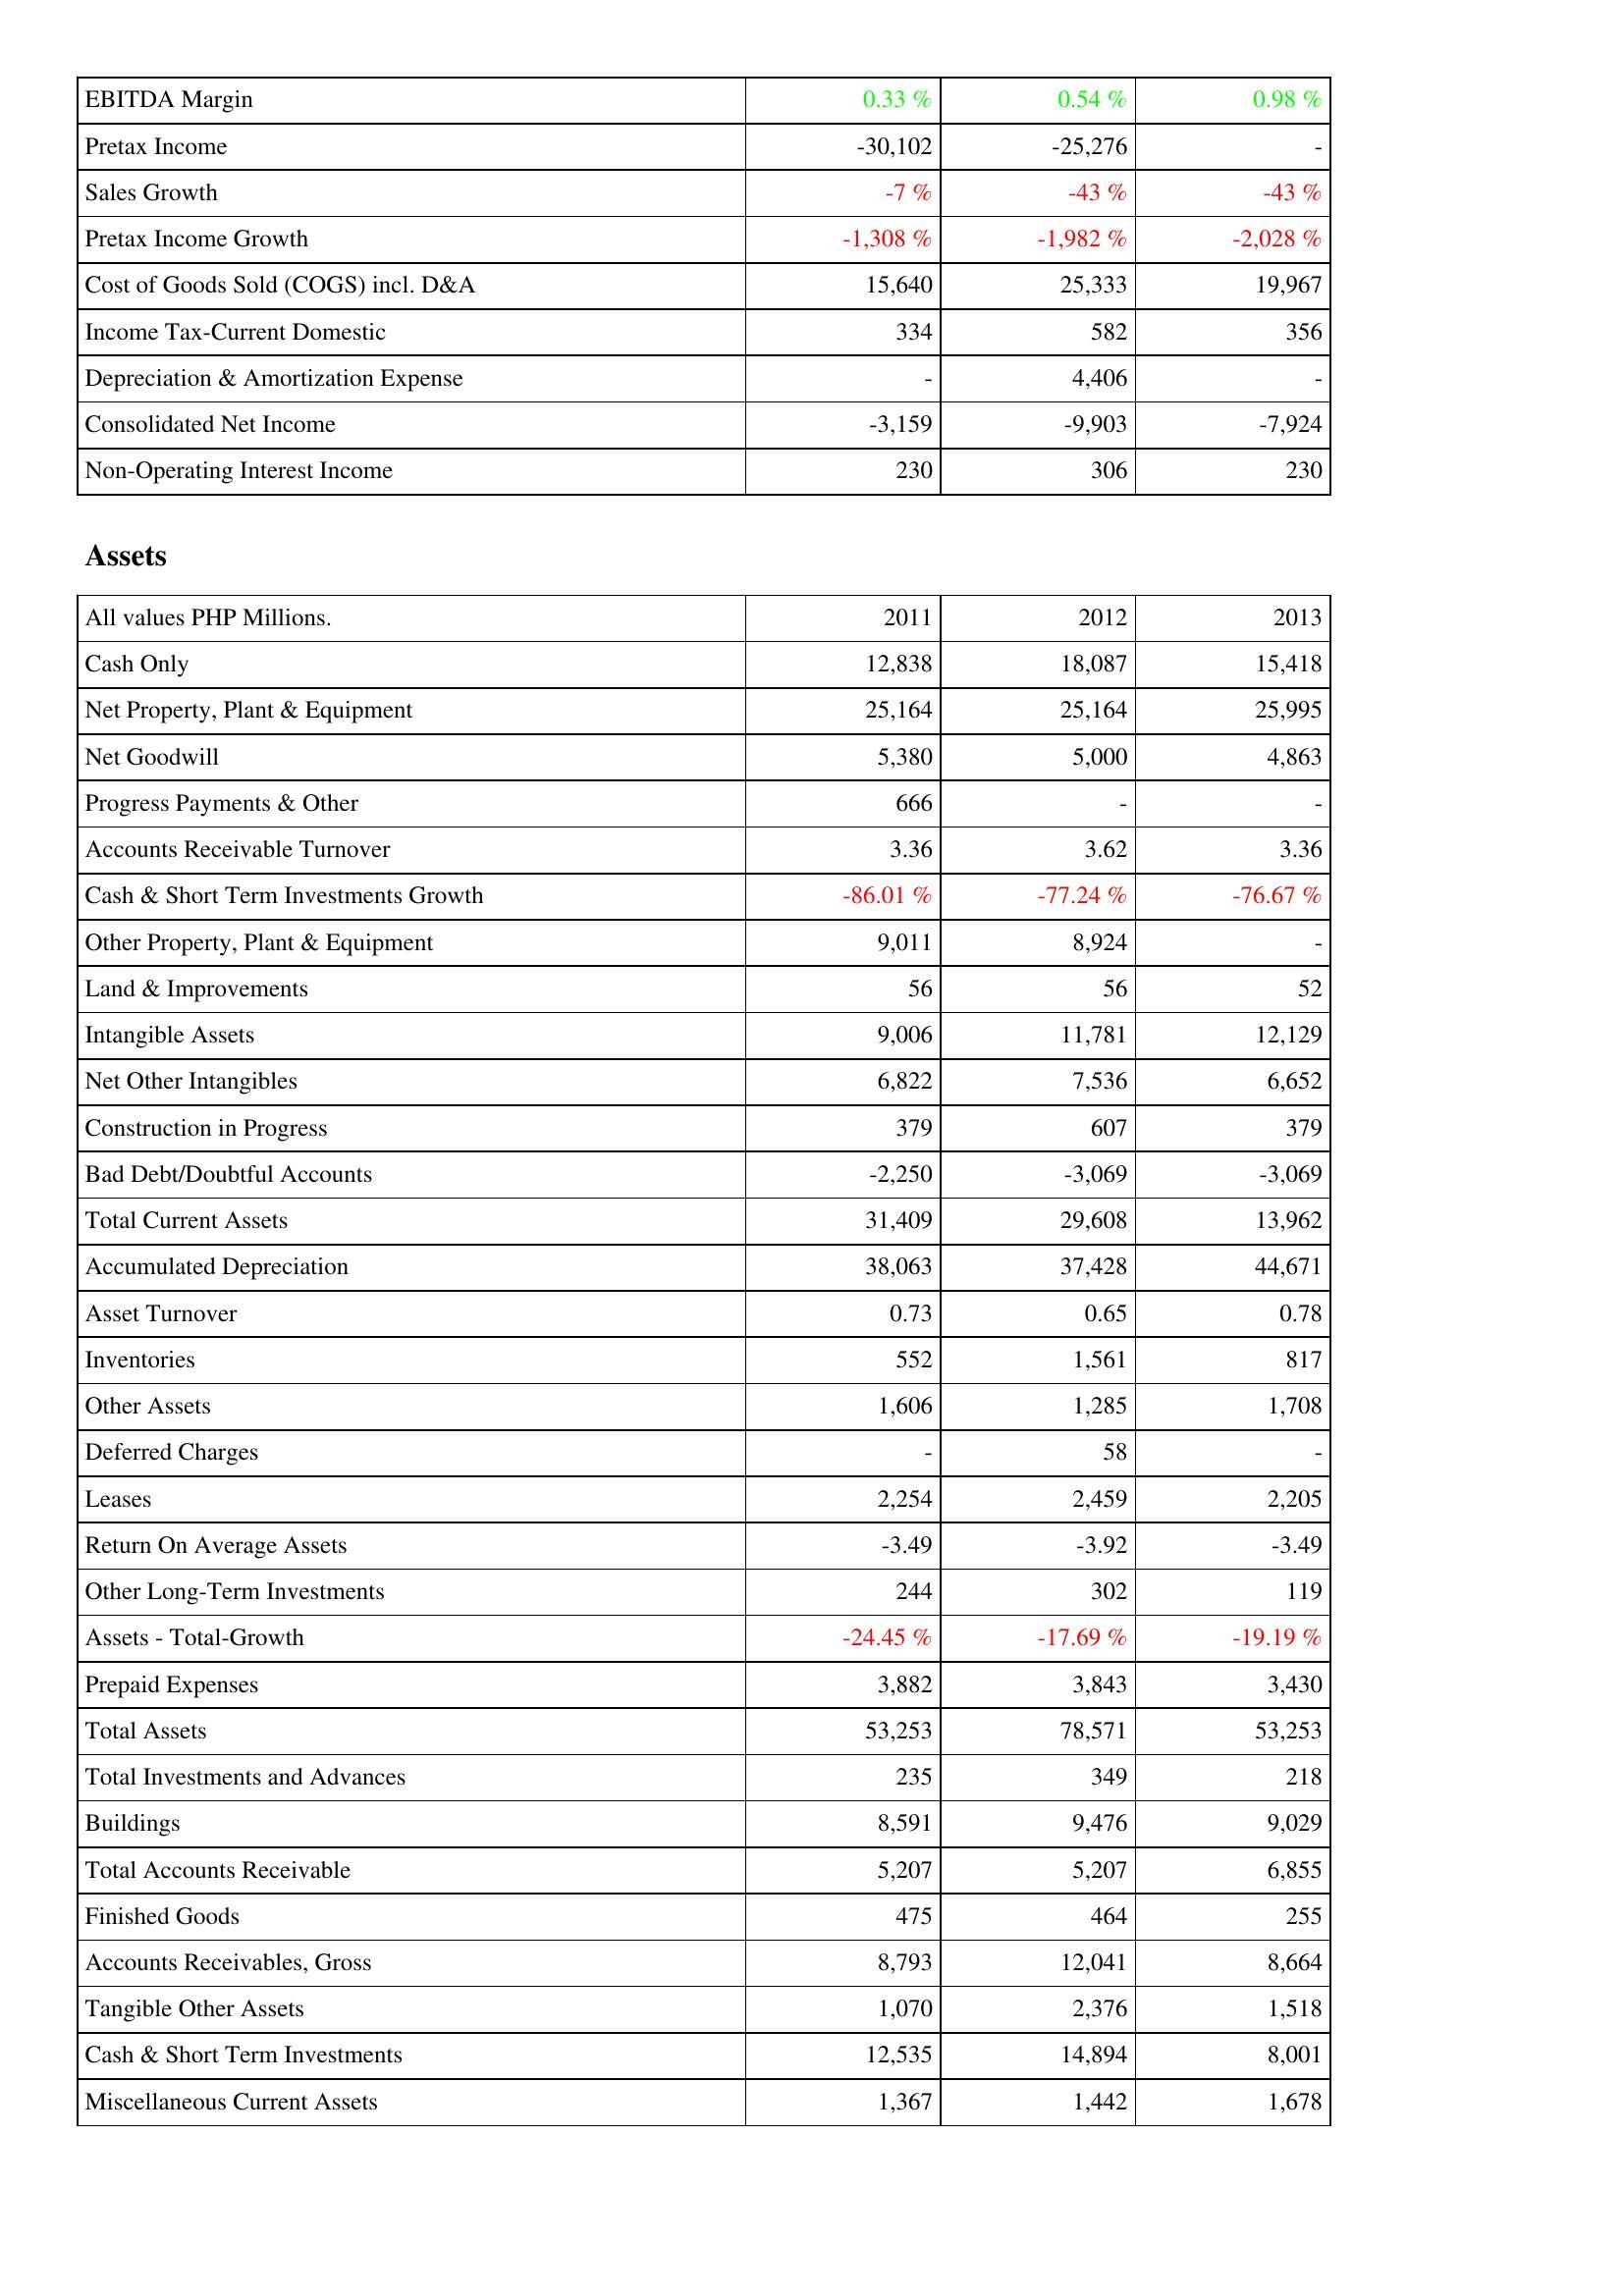
2011: Income Statement: EBITDA Margin: 0.33 %
Pretax Income: -30,102
Sales Growth: -7 %
Pretax Income Growth: -1,308 %
Cost of Goods Sold (COGS) incl. D&A: 15,640
Income Tax-Current Domestic: 334
Depreciation & Amortization Expense: -
Consolidated Net Income: -3,159
Non-Operating Interest Income: 230
Assets: Cash Only: 12,838
Net Property, Plant & Equipment: 25,164
Net Goodwill: 5,380
Progress Payments & Other: 666
Accounts Receivable Turnover: 3.36
Cash & Short Term Investments Growth: -86.01 %
Other Property, Plant & Equipment: 9,011
Land & Improvements: 56
Intangible Assets: 9,006
Net Other Intangibles: 6,822
Construction in Progress: 379
Bad Debt/Doubtful Accounts: -2,250
Total Current Assets: 31,409
Accumulated Depreciation: 38,063
Asset Turnover: 0.73
Inventories: 552
Other Assets: 1,606
Deferred Charges: -
Leases: 2,254
Return On Average Assets: -3.49
Other Long-Term Investments: 244
Assets - Total-Growth: -24.45 %
Prepaid Expenses: 3,882
Total Assets: 53,253
Total Investments and Advances: 235
Buildings: 8,591
Total Accounts Receivable: 5,207
Finished Goods: 475
Accounts Receivables, Gross: 8,793
Tangible Other Assets: 1,070
Cash & Short Term Investments: 12,535
Miscellaneous Current Assets: 1,367
2012: Income Statement: EBITDA Margin: 0.54 %
Pretax Income: -25,276
Sales Growth: -43 %
Pretax Income Growth: -1,982 %
Cost of Goods Sold (COGS) incl. D&A: 25,333
Income Tax-Current Domestic: 582
Depreciation & Amortization Expense: 4,406
Consolidated Net Income: -9,903
Non-Operating Interest Income: 306
Assets: Cash Only: 18,087
Net Property, Plant & Equipment: 25,164
Net Goodwill: 5,000
Progress Payments & Other: -
Accounts Receivable Turnover: 3.62
Cash & Short Term Investments Growth: -77.24 %
Other Property, Plant & Equipment: 8,924
Land & Improvements: 56
Intangible Assets: 11,781
Net Other Intangibles: 7,536
Construction in Progress: 607
Bad Debt/Doubtful Accounts: -3,069
Total Current Assets: 29,608
Accumulated Depreciation: 37,428
Asset Turnover: 0.65
Inventories: 1,561
Other Assets: 1,285
Deferred Charges: 58
Leases: 2,459
Return On Average Assets: -3.92
Other Long-Term Investments: 302
Assets - Total-Growth: -17.69 %
Prepaid Expenses: 3,843
Total Assets: 78,571
Total Investments and Advances: 349
Buildings: 9,476
Total Accounts Receivable: 5,207
Finished Goods: 464
Accounts Receivables, Gross: 12,041
Tangible Other Assets: 2,376
Cash & Short Term Investments: 14,894
Miscellaneous Current Assets: 1,442
2013: Income Statement: EBITDA Margin: 0.98 %
Pretax Income: -
Sales Growth: -43 %
Pretax Income Growth: -2,028 %
Cost of Goods Sold (COGS) incl. D&A: 19,967
Income Tax-Current Domestic: 356
Depreciation & Amortization Expense: -
Consolidated Net Income: -7,924
Non-Operating Interest Income: 230
Assets: Cash Only: 15,418
Net Property, Plant & Equipment: 25,995
Net Goodwill: 4,863
Progress Payments & Other: -
Accounts Receivable Turnover: 3.36
Cash & Short Term Investments Growth: -76.67 %
Other Property, Plant & Equipment: -
Land & Improvements: 52
Intangible Assets: 12,129
Net Other Intangibles: 6,652
Construction in Progress: 379
Bad Debt/Doubtful Accounts: -3,069
Total Current Assets: 13,962
Accumulated Depreciation: 44,671
Asset Turnover: 0.78
Inventories: 817
Other Assets: 1,708
Deferred Charges: -
Leases: 2,205
Return On Average Assets: -3.49
Other Long-Term Investments: 119
Assets - Total-Growth: -19.19 %
Prepaid Expenses: 3,430
Total Assets: 53,253
Total Investments and Advances: 218
Buildings: 9,029
Total Accounts Receivable: 6,855
Finished Goods: 255
Accounts Receivables, Gross: 8,664
Tangible Other Assets: 1,518
Cash & Short Term Investments: 8,001
Miscellaneous Current Assets: 1,678